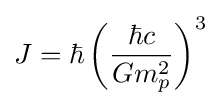
J=\hbar \left({\frac {\hbar c}{Gm_{p}^{2}}}\right)^{3}